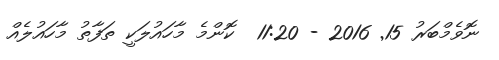
ނޮވެމްބަރު 15